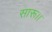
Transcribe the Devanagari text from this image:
सारू।।